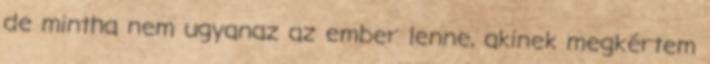
de mintha nem ugyanaz az ember lenne, akinek megkértem